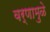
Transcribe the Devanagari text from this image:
वर्णामुळे